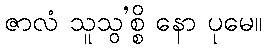
ဇာလံ သူသွ’စ္စိ နော ပုမေ။